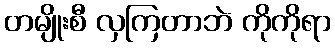
တမျိုးစီ လှကြတာဘဲ ကိုကိုရာ